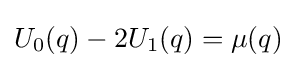
U_{0}(q)-2U_{1}(q)=\mu (q)